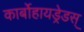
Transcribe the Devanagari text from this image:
कार्बोहायड्रेडस्